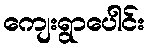
ကျေးရွာပေါင်း